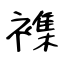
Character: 襍